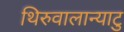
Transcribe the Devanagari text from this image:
थिरुवालान्याटु